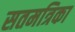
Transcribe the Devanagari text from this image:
सतमत्रिका